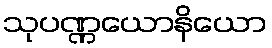
သုပဏ္ဏယောနိယော